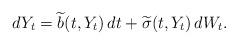
LaTeX: \begin{align*}dY_t = \widetilde{b}(t, Y_t)\,dt + \widetilde{\sigma}(t, Y_t)\,dW_t.\end{align*}